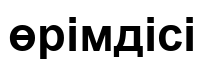
өрімдісі